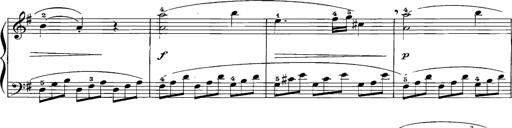
Title: 12 Sonatinas
Composer: Ignaz Pleyel